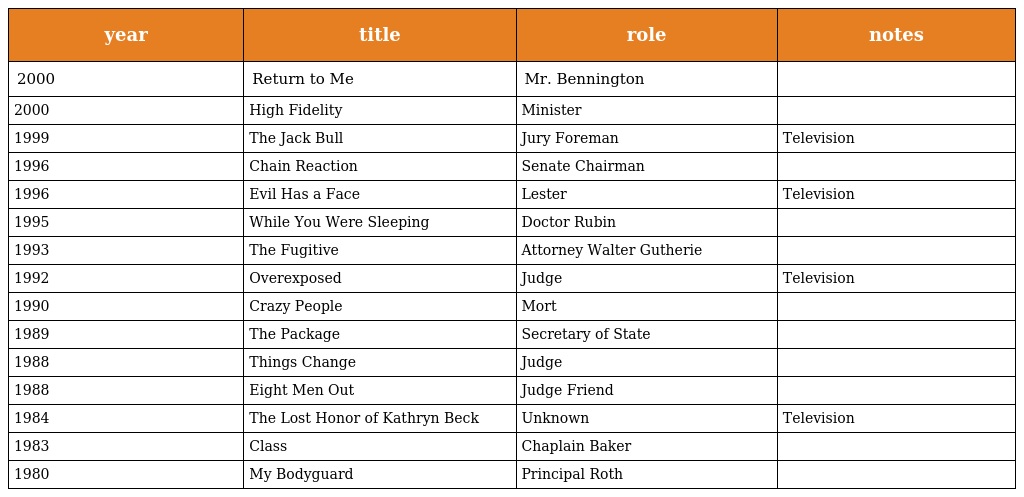
| year | title | role | notes |
 | --- | --- | --- | --- |
 | 2000 | Return to Me | Mr. Bennington |  |
 | 2000 | High Fidelity | Minister |  |
 | 1999 | The Jack Bull | Jury Foreman | Television |
 | 1996 | Chain Reaction | Senate Chairman |  |
 | 1996 | Evil Has a Face | Lester | Television |
 | 1995 | While You Were Sleeping | Doctor Rubin |  |
 | 1993 | The Fugitive | Attorney Walter Gutherie |  |
 | 1992 | Overexposed | Judge | Television |
 | 1990 | Crazy People | Mort |  |
 | 1989 | The Package | Secretary of State |  |
 | 1988 | Things Change | Judge |  |
 | 1988 | Eight Men Out | Judge Friend |  |
 | 1984 | The Lost Honor of Kathryn Beck | Unknown | Television |
 | 1983 | Class | Chaplain Baker |  |
 | 1980 | My Bodyguard | Principal Roth |  |